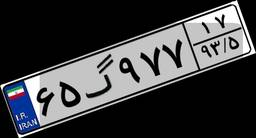
۵۱گ۵۷۰۳۸